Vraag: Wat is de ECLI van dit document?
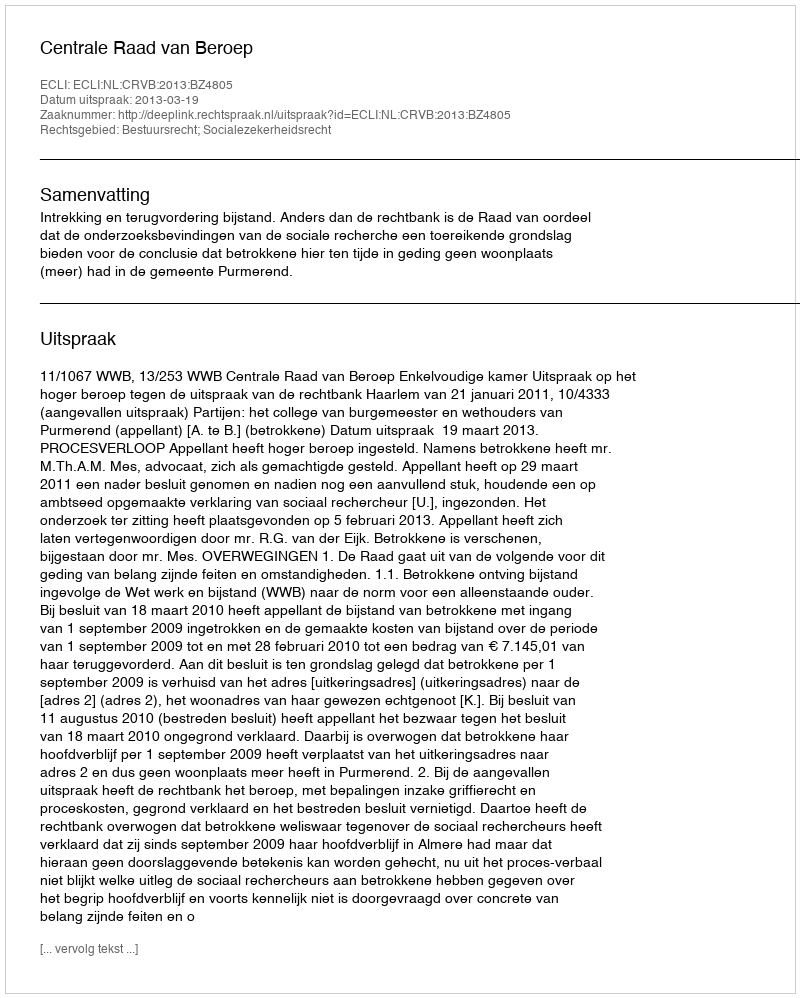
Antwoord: ECLI:NL:CRVB:2013:BZ4805